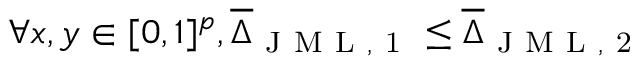
\forall x , y \in [ 0 , 1 ] ^ { p } , \overline { { \Delta } } _ { \mathrm { ~ J ~ M ~ L ~ , ~ 1 ~ } } \leq \overline { { \Delta } } _ { \mathrm { ~ J ~ M ~ L ~ , ~ 2 ~ } }